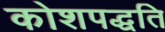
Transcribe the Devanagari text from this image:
कोशपद्धति